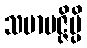
သမာပဇ္ဇိမ္ပိ